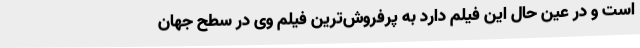
است و در عین حال این فیلم دارد به پرفروش‌ترین فیلم وی در سطح جهان